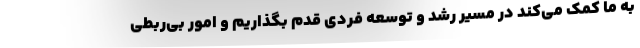
به ما کمک می‌کند در مسیر رشد و توسعه فردی قدم بگذاریم و امور بی‌ربطی